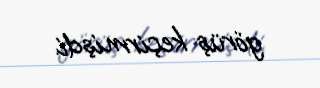
görüş keçirmişdi.